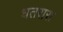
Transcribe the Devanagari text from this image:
धतरारा